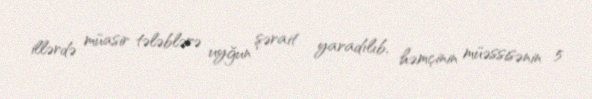
illərdə müasir tələblərə uyğun şərait yaradılıb, həmçinin müəssisənin 5